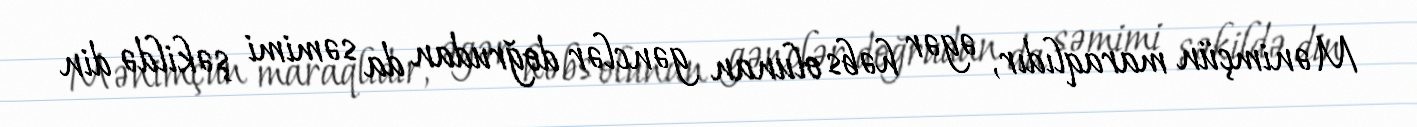
Mənimçün maraqlıdır, əgər həbs olunan gənclər doğrudan da səmimi şəkildə din